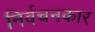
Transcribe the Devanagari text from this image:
निर्वचनकार